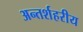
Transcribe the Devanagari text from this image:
अन्तर्शहरीय